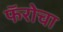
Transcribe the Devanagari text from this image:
फॅरोचा